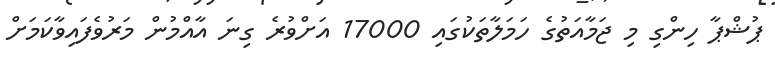
ޕުޝްޕާ ހިންގި މި ޖަމާއަތުގެ ހަމަލާތަކުގައި 17000 އަށްވުރެ ގިނަ އާއްމުން މަރުވެފައިވާކަމަށް